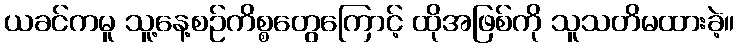
ယခင်ကမူ သူ့နေ့စဉ်ကိစ္စတွေကြောင့် ထိုအဖြစ်ကို သူသတိမထားခဲ့။